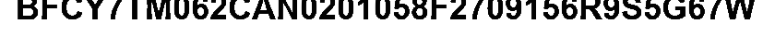
BFCY7TM062CAN0201058F2709156R9S5G67W